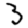
Digit: 3